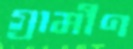
গ্রামীণ